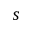
s